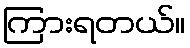
ကြားရတယ်။